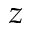
z